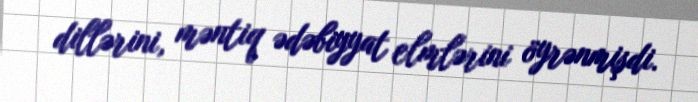
dillərini, məntiq ədəbiyyat elmlərini öyrənmişdi.